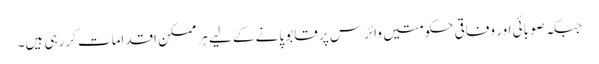
جبکہ صوبائی اور وفاقی حکومتیں وائرس پر قابو پانے کے لیے ہرممکن اقدامات کررہی ہیں۔